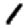
Digit: 1